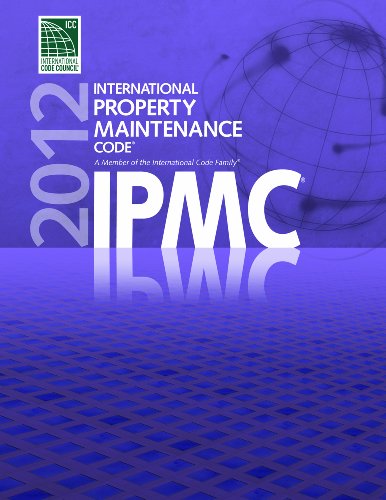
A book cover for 2012 International Property Maintenance Code (International Code Council Series); International Code Council; Law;